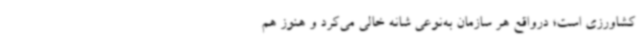
کشاورزی است؛ درواقع هر سازمان به‌نوعی شانه خالی می‌کرد و هنوز هم